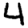
Digit: 4